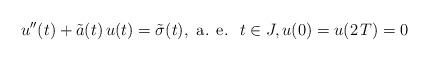
LaTeX: \begin{align*}u^{\prime\prime}(t)+\tilde{a}(t)\,u(t)=\tilde{\sigma}(t),\mbox{ a. e. }\;t\in J,u(0)=u(2\,T)=0\end{align*}